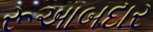
રૂઆબદાર